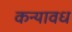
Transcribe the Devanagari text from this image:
कन्यावध